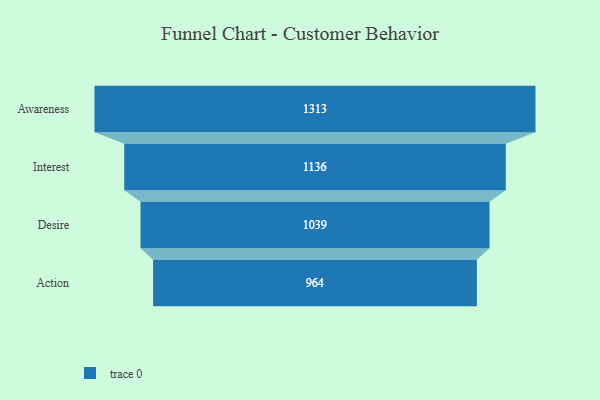
{"axis": {"x": "Stage", "y": "Value"}, "legend": [""], "data": [{"x": "Awareness", "y": 1313.0, "type": ""}, {"x": "Interest", "y": 1136.0, "type": ""}, {"x": "Desire", "y": 1039.0, "type": ""}, {"x": "Action", "y": 964.0, "type": ""}]}